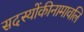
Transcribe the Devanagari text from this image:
सदस्योंकीनामावलि